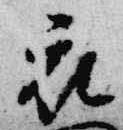
衣